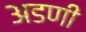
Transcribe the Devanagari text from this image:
अडणी